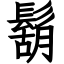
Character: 鬍